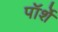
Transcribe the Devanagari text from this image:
पॉर्शे